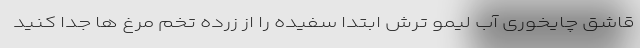
قاشق چایخوری آب لیمو ترش ابتدا سفیده را از زرده تخم مرغ ها جدا کنید